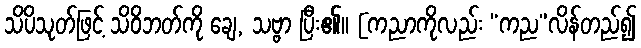
သိပိသုတ်ဖြင့် သိဝိဘတ်ကို ချေ, သဗ္ဗာ ပြီး၏။ [ကညာကိုလည်း “ကည”လိန်တည်၍